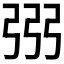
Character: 𢏝